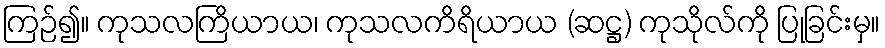
ကြဉ်၍။ ကုသလကြိယာယ၊ ကုသလကိရိယာယ (ဆဋ္ဌ) ကုသိုလ်ကို ပြုခြင်းမှ။